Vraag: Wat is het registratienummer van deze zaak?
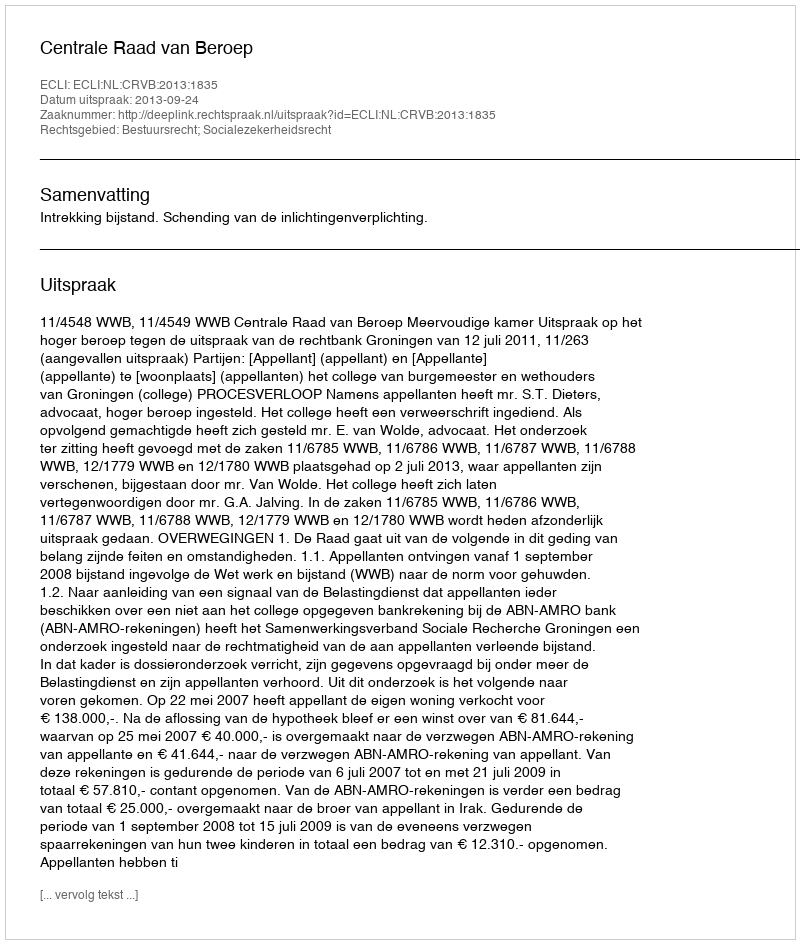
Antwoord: http://deeplink.rechtspraak.nl/uitspraak?id=ECLI:NL:CRVB:2013:1835